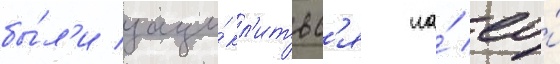
бы́л'и заци́кл'итьс'я на́ ео́